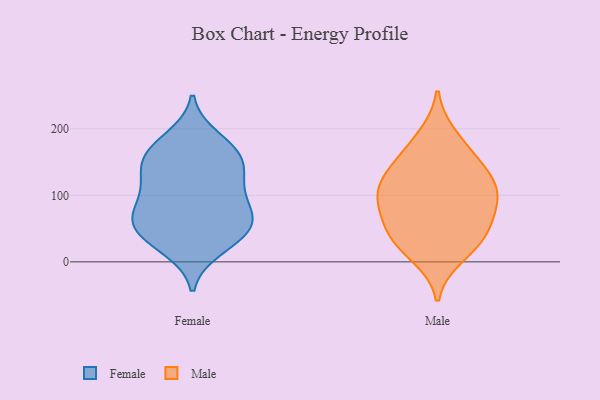
{"axis": {"x": "Tickets Resolved", "y": "Value"}, "legend": ["Female", "Male"], "data": [{"x": "", "y": 21, "type": "Female"}, {"x": "", "y": 118, "type": "Female"}, {"x": "", "y": 169, "type": "Female"}, {"x": "", "y": 185, "type": "Female"}, {"x": "", "y": 86, "type": "Female"}, {"x": "", "y": 158, "type": "Female"}, {"x": "", "y": 62, "type": "Female"}, {"x": "", "y": 70, "type": "Female"}, {"x": "", "y": 33, "type": "Female"}, {"x": "", "y": 160, "type": "Female"}, {"x": "", "y": 57, "type": "Female"}, {"x": "", "y": 144, "type": "Female"}, {"x": "", "y": 102, "type": "Female"}, {"x": "", "y": 129, "type": "Female"}, {"x": "", "y": 42, "type": "Female"}, {"x": "", "y": 59, "type": "Female"}, {"x": "", "y": 40, "type": "Male"}, {"x": "", "y": 10, "type": "Male"}, {"x": "", "y": 92, "type": "Male"}, {"x": "", "y": 71, "type": "Male"}, {"x": "", "y": 89, "type": "Male"}, {"x": "", "y": 141, "type": "Male"}, {"x": "", "y": 162, "type": "Male"}, {"x": "", "y": 103, "type": "Male"}, {"x": "", "y": 32, "type": "Male"}, {"x": "", "y": 118, "type": "Male"}, {"x": "", "y": 188, "type": "Male"}, {"x": "", "y": 42, "type": "Male"}, {"x": "", "y": 126, "type": "Male"}]}